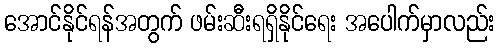
အောင်နိုင်ရန်အတွက် ဖမ်းဆီးရရှိနိုင်ရေး အပေါက်မှာလည်း